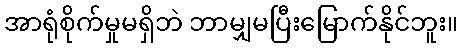
အာရုံစိုက်မှုမရှိဘဲ ဘာမျှမပြီးမြောက်နိုင်ဘူး။